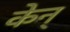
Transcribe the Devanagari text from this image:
केन्